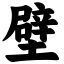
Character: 壁